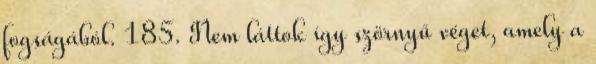
fogságából. 185. Nem láttok így szörnyű véget, amely a